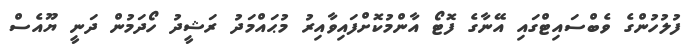
ފުލުހުންގެ ވެބްސައިޓްގައި އޭނާގެ ފޮޓޯ އާންމުކޮށްފައިވާއިރު މުޙައްމަދު ރަޝީދު ހޯދަމުން ދަނީ ޔޫއެސް